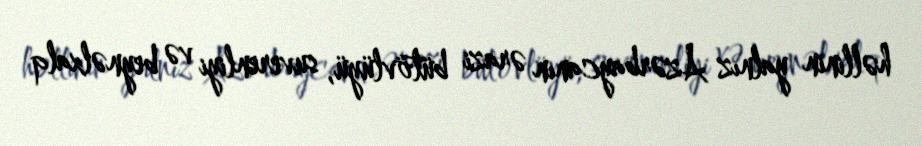
həllinin yalnız Azərbaycanın ərazi bütövlüyü, suverenliyi və beynəlxalq